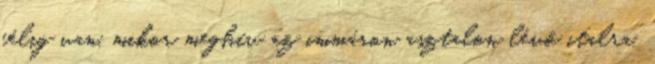
félig van, mikor meghív az immáron asztalon lévő italra.